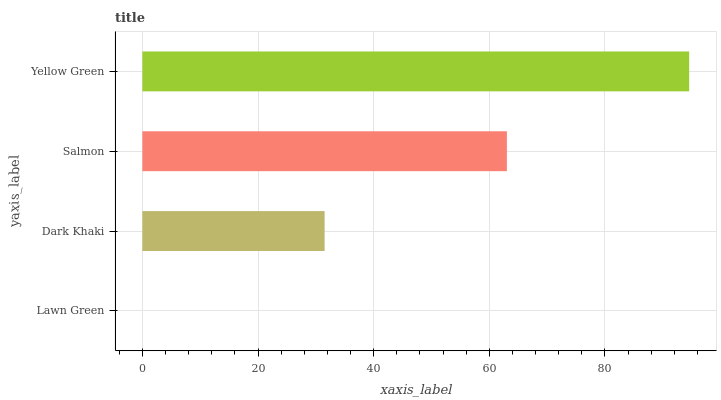
| yaxis_label | bars |
 | --- | --- |
 | Lawn Green | 0 |
 | Dark Khaki | 31.5 |
 | Salmon | 63 |
 | Yellow Green | 94.6 |